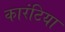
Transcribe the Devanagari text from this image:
कारंटिया